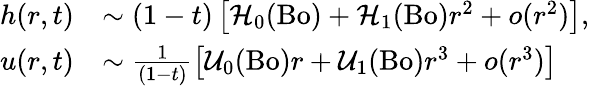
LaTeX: \begin{array}{rl}{h(r,t)}&{\sim(1-t)\left[\mathcal{H}_{0}(\mathrm{Bo})+\mathcal{H}_{1}(\mathrm{Bo})r^{2}+o(r^{2})\right],}\\ {u(r,t)}&{\sim\frac{1}{(1-t)}\left[\mathcal{U}_{0}(\mathrm{Bo})r+\mathcal{U}_{1}(\mathrm{Bo})r^{3}+o(r^{3})\right]}\end{array}